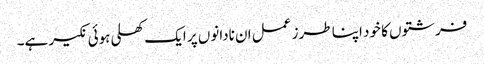
فرشتوں کا خود اپنا طرز عمل ان نادانوں پر ایک کھلی ہوئی نکیر ہے۔